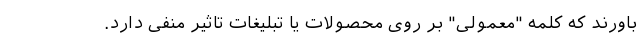
باورند که کلمه "معمولی" بر روی محصولات یا تبلیغات تاثیر منفی دارد.